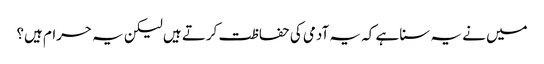
میں نے یہ سنا ہے کہ یہ آدمی کی حفاظت کرتے ہیں لیکن یہ حرام ہیں؟